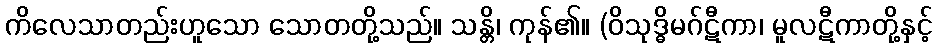
ကိလေသာတည်းဟူသော သောတတို့သည်။ သန္တိ၊ ကုန်၏။ (ဝိသုဒ္ဓိမဂ်ဋီကာ၊ မူလဋီကာတို့နှင့်